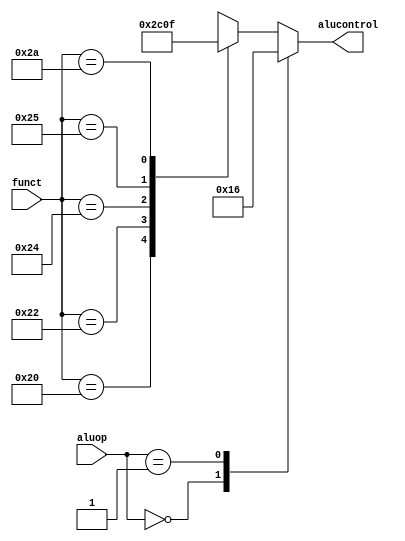
module aludec(funct, aluop, alucontrol);
    
    input [5:0] funct;
    input [1:0] aluop;
    output [2:0] alucontrol;

    assign alucontrol = decode(funct, aluop);

    function [2:0] decode(input [5:0] funct, input [1:0] aluop);
    begin
        case(aluop)
        2'b00: decode = 3'b010;
        2'b01: decode = 3'b110;
        default: case(funct)
            6'b100000: decode = 3'b010;
            6'b100010: decode = 3'b110;
            6'b100100: decode = 3'b000;
            6'b100101: decode = 3'b001;
            6'b101010: decode = 3'b111;
            default:   decode = 3'bxxx;
            endcase
        endcase
    end
    endfunction

endmodule